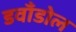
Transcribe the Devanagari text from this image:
डवाँडोल